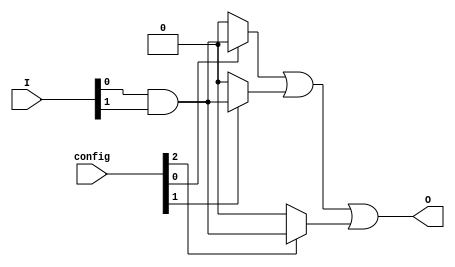
module jewel_pal (
    input wire [N-1:0] I,        // Input pins (I1, I2, ..., In)
    input wire [M-1:0] config,   // Configuration for AND gates (1: connect, 0: disconnect)
    output wire O                // Output pin
);

// Parameters
parameter N = 4;               // Number of input pins
parameter M = 3;               // Number of AND gates
parameter P = 2;               // Number of OR gates

// Internal wires for AND gate outputs
wire [M-1:0] and_out;

// Programmable AND gates
genvar i, j;
generate
    for (i = 0; i < M; i = i + 1) begin : and_gates
        wire [N-1:0] and_inputs;
        assign and_inputs = {I[N-1], I[N-2], I[N-3], I[N-4]}; // Direct inputs
        assign and_out[i] = (config[i] == 1'b1) ? (and_inputs[0] & and_inputs[1]) : 1'b0; // Example AND gate logic
    end
endgenerate

// Fixed OR gate array
wire [P-1:0] or_out;
assign or_out[0] = and_out[0] | and_out[1]; // OR gate 1
assign or_out[1] = and_out[2];               // OR gate 2

// Final output
assign O = or_out[0] | or_out[1]; // Final output from OR gates

endmodule